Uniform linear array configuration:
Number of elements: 32
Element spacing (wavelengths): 1
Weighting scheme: kaiser
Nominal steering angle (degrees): -30
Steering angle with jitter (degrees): -29.166
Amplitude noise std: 0.05
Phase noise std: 0.05

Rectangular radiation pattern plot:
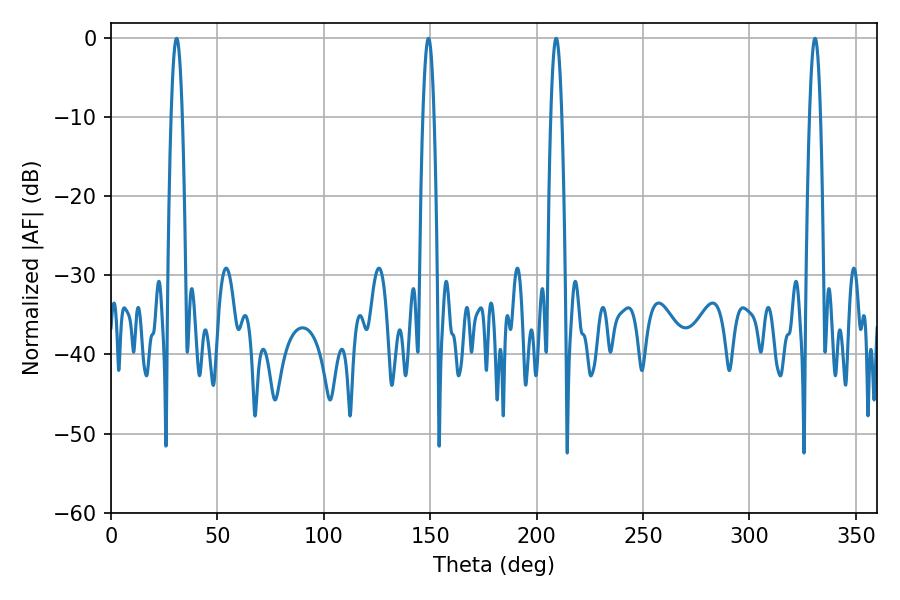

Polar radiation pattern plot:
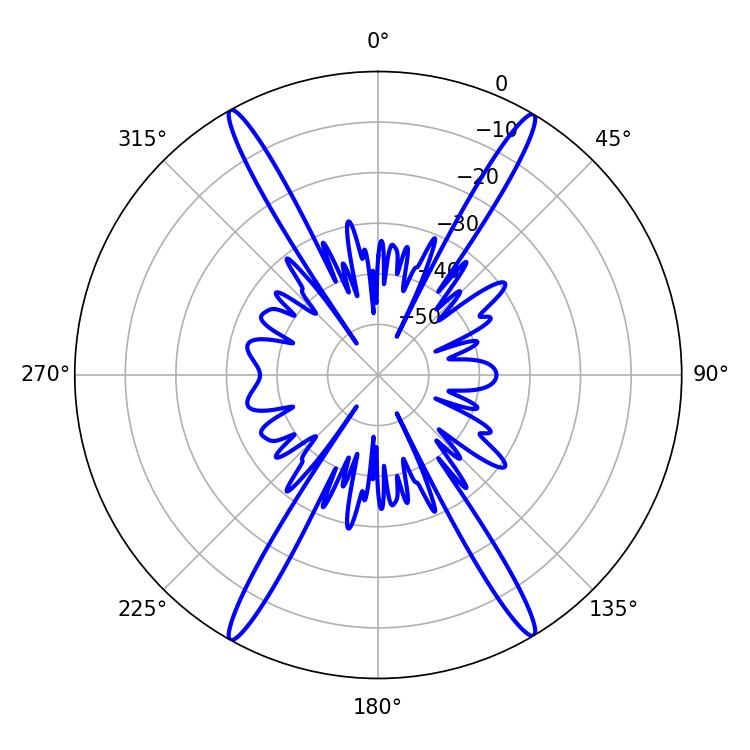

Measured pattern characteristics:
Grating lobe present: TRUE
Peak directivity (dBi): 27.528
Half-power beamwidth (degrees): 2.88
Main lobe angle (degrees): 209.16